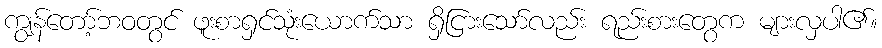
ကျွန်တော့်ဘဝတွင် ဖူးစာရှင်သုံးယောက်သာ ရှိငြားသော်လည်း ရည်းစားတွေက များလှပါ၏။